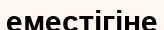
еместігіне